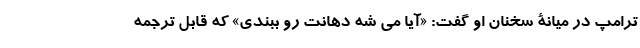
ترامپ در میانۀ سخنان او گفت: «آیا می شه دهانت رو ببندی» که قابل ترجمه